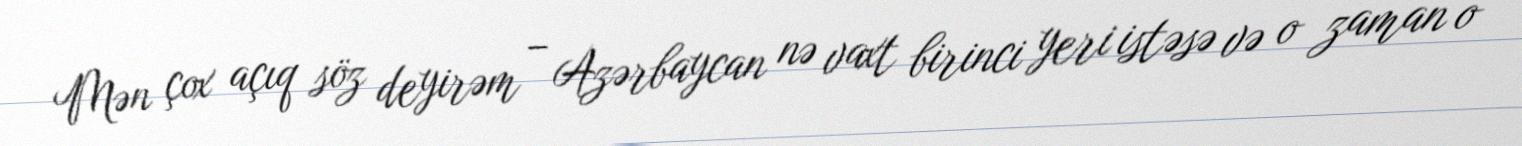
Mən çox açıq söz deyirəm – Azərbaycan nə vaxt birinci yeri istəsə və o zaman o